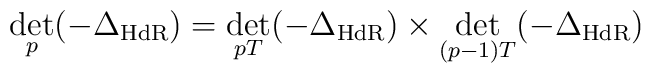
\det_p (-\Delta_{\rm HdR})=\det_{pT} (-\Delta_{\rm HdR}) \times\det_{(p-1)T} (-\Delta_{\rm HdR})